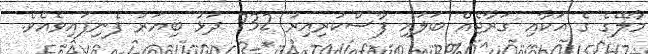
މާލޭގެ ގެ އަކާއި ގަރާޖެއް ބަލައި ފާސްކުރިއިރު 732 ދަޅު ބިޔަރު ފެނިފައިވެއެވެ.